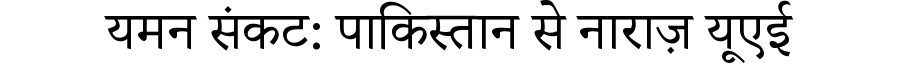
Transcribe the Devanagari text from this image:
यमन संकट: पाकिस्तान से नाराज़ यूएई